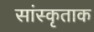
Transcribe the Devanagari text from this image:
सांस्कृताक